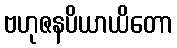
ဗဟုဇနပိယာယိတော